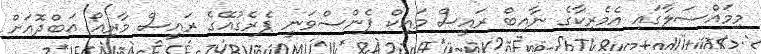
މިމައްސަލާގައި އެމެރިކާގެ ނާއިބް ރައީސް މައިކް ޕެންސްވަނީ ޕެރެގުއޭގެ ރައީސް މާރިއޯ އަބްދޮއަށް